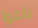
باعوا